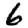
Digit: 6